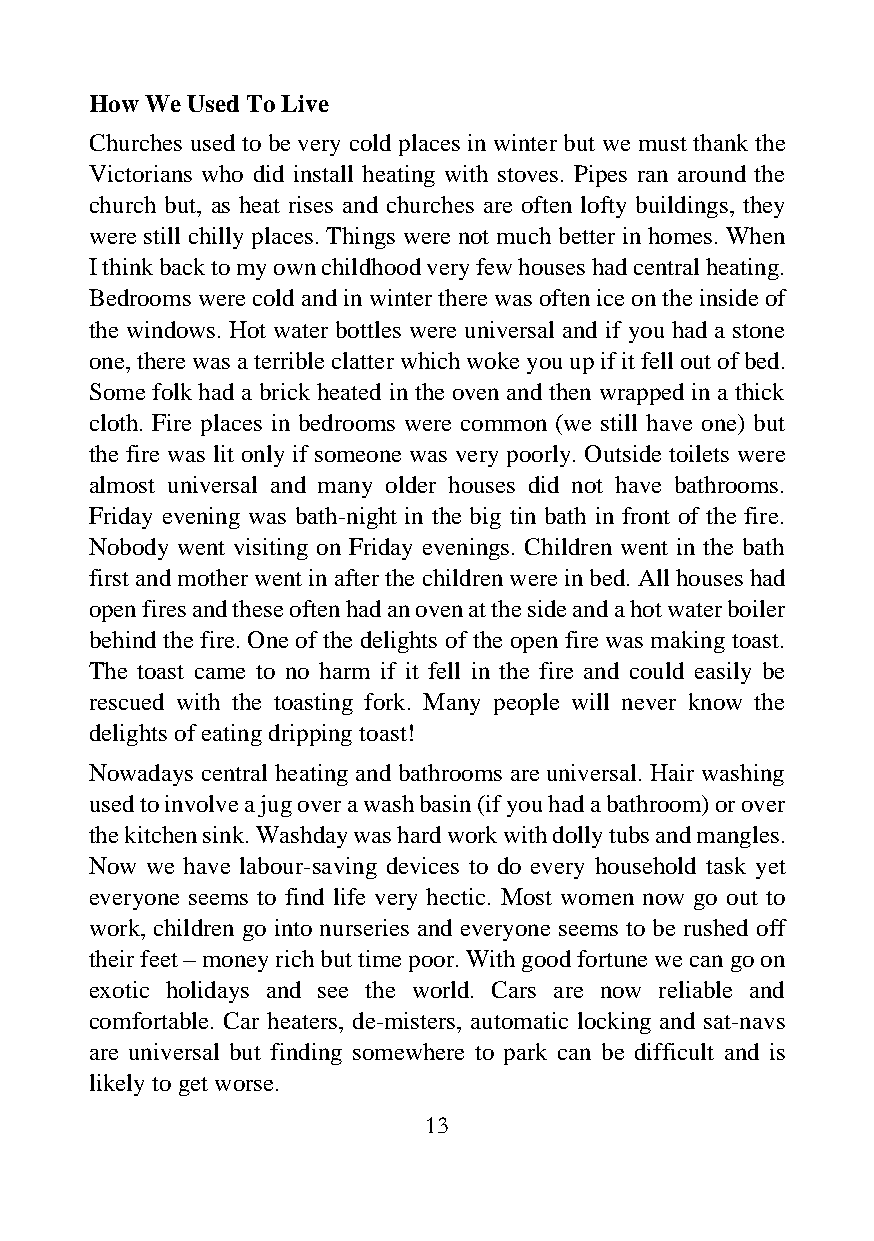
How We Used To Live
 Churches used to be very cold places in winter but we must thank the
 Victorians who did install heating with stoves. Pipes ran around the
 church but, as heat rises and churches are often lofty buildings, they
 were still chilly places. Things were not much better in homes. When
 I think back to my own childhood very few houses had central heating.
 Bedrooms were cold and in winter there was often ice on the inside of
 the windows. Hot water bottles were universal and if you had a stone
 one, there was a terrible clatter which woke you up if it fell out of bed.
 Some folk had a brick heated in the oven and then wrapped in a thick
 cloth. Fire places in bedrooms were common (we still have one) but
 the fire was lit only if someone was very poorly. Outside toilets were
 almost universal and many older houses did not have bathrooms.
 Friday evening was bath-night in the big tin bath in front of the fire.
 Nobody went visiting on Friday evenings. Children went in the bath
 first and mother went in after the children were in bed. All houses had
 open fires and these often had an oven at the side and a hot water boiler
 behind the fire. One of the delights of the open fire was making toast.
 The toast came to no harm if it fell in the fire and could easily be
 rescued with the toasting fork. Many people will never know the
 delights of eating dripping toast!
 Nowadays central heating and bathrooms are universal. Hair washing
 used to involve a jug over a wash basin (if you had a bathroom) or over
 the kitchen sink. Washday was hard work with dolly tubs and mangles.
 Now we have labour-saving devices to do every household task yet
 everyone seems to find life very hectic. Most women now go out to
 work, children go into nurseries and everyone seems to be rushed off
 their feet – money rich but time poor. With good fortune we can go on
 exotic holidays and see the world. Cars are now reliable and
 comfortable. Car heaters, de-misters, automatic locking and sat-navs
 are universal but finding somewhere to park can be difficult and is
 likely to get worse.
 13